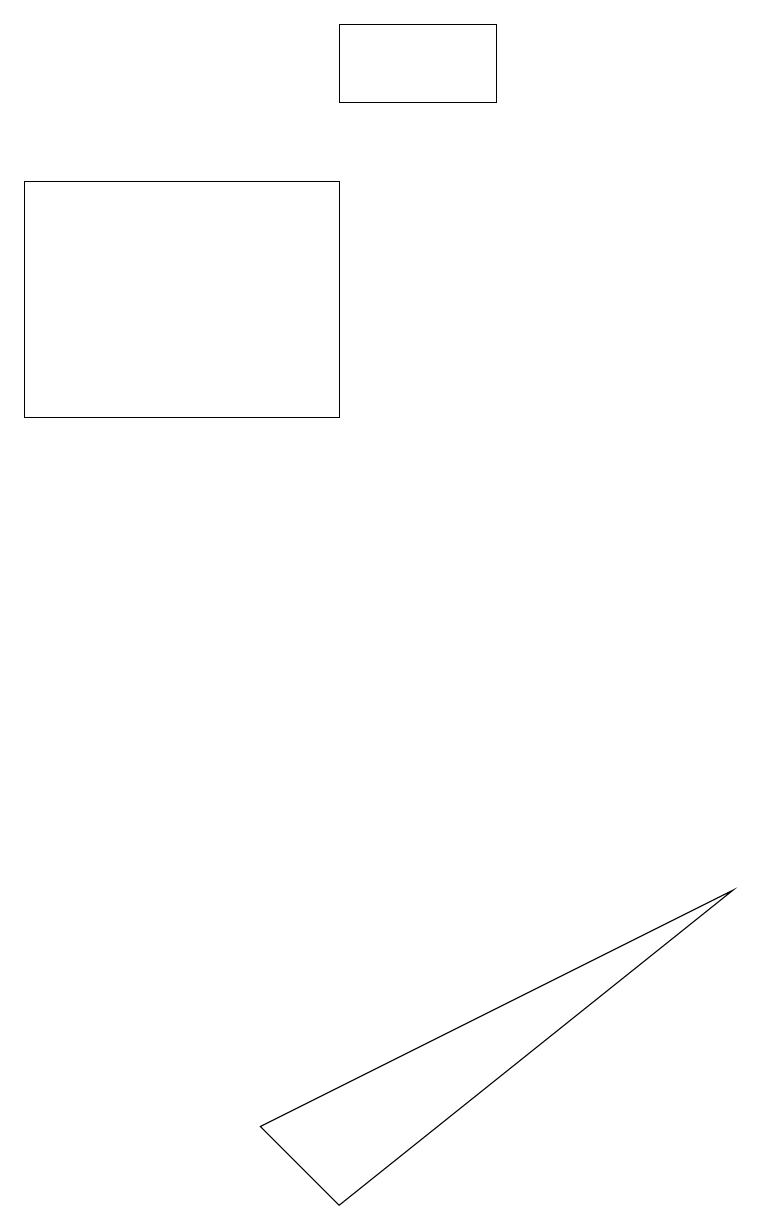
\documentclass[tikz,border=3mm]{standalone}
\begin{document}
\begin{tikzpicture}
\draw (4,16) rectangle (0,13);
\draw (3,4) -- (9,7) -- (4,3) -- cycle;
\draw (4,18) rectangle (6,17);
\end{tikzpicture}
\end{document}